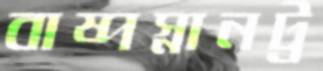
বাষ্পস্নানট্র